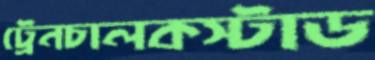
ট্রেনচালকস্টাড